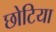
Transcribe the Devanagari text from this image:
छोटिया